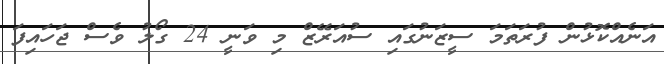
އަނެއްކޮޅުން ފުރަތަމަ ސީޒަނުގައި ސުއަރޭޒް މި ވަނީ 24 ގޯލު ވެސް ޖަހައިފަ